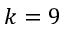
k = 9